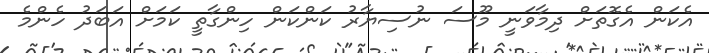
އެކަން އެގޮތަށް ދިމާވަނީ މޫސަ ނުސިޔާރު ކަންކަން ހިންގާތީ ކަމަށް އަބަދު ހެންމެ